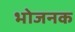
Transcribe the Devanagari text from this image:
भोजनक